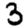
Digit: 3